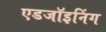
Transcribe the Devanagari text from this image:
एडजॉइनिंग